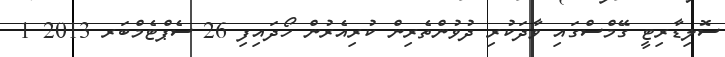
ސޮލިޑާރިޓީ ގޭމްސްގައި ވާދަކުރި ދުވުންތެރިން ކުރިއެރުން ހޯދައިފި 26 ސެޕްޓެމްބަރ 2013 1